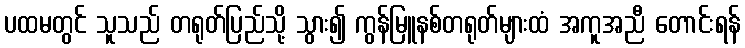
ပထမတွင် သူသည် တရုတ်ပြည်သို့ သွား၍ ကွန်မြူနစ်တရုတ်များထံ အကူအညီ တောင်းရန်